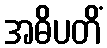
အဓိပတိံ